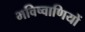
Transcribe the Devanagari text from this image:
भविष्वाणियों